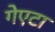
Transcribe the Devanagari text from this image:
गेएटा